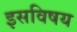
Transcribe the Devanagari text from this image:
इसविषय